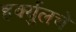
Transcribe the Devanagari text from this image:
हर्क्युलचे